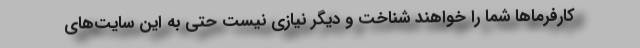
کارفرماها شما را خواهند شناخت و دیگر نیازی نیست حتی به این سایت‌های